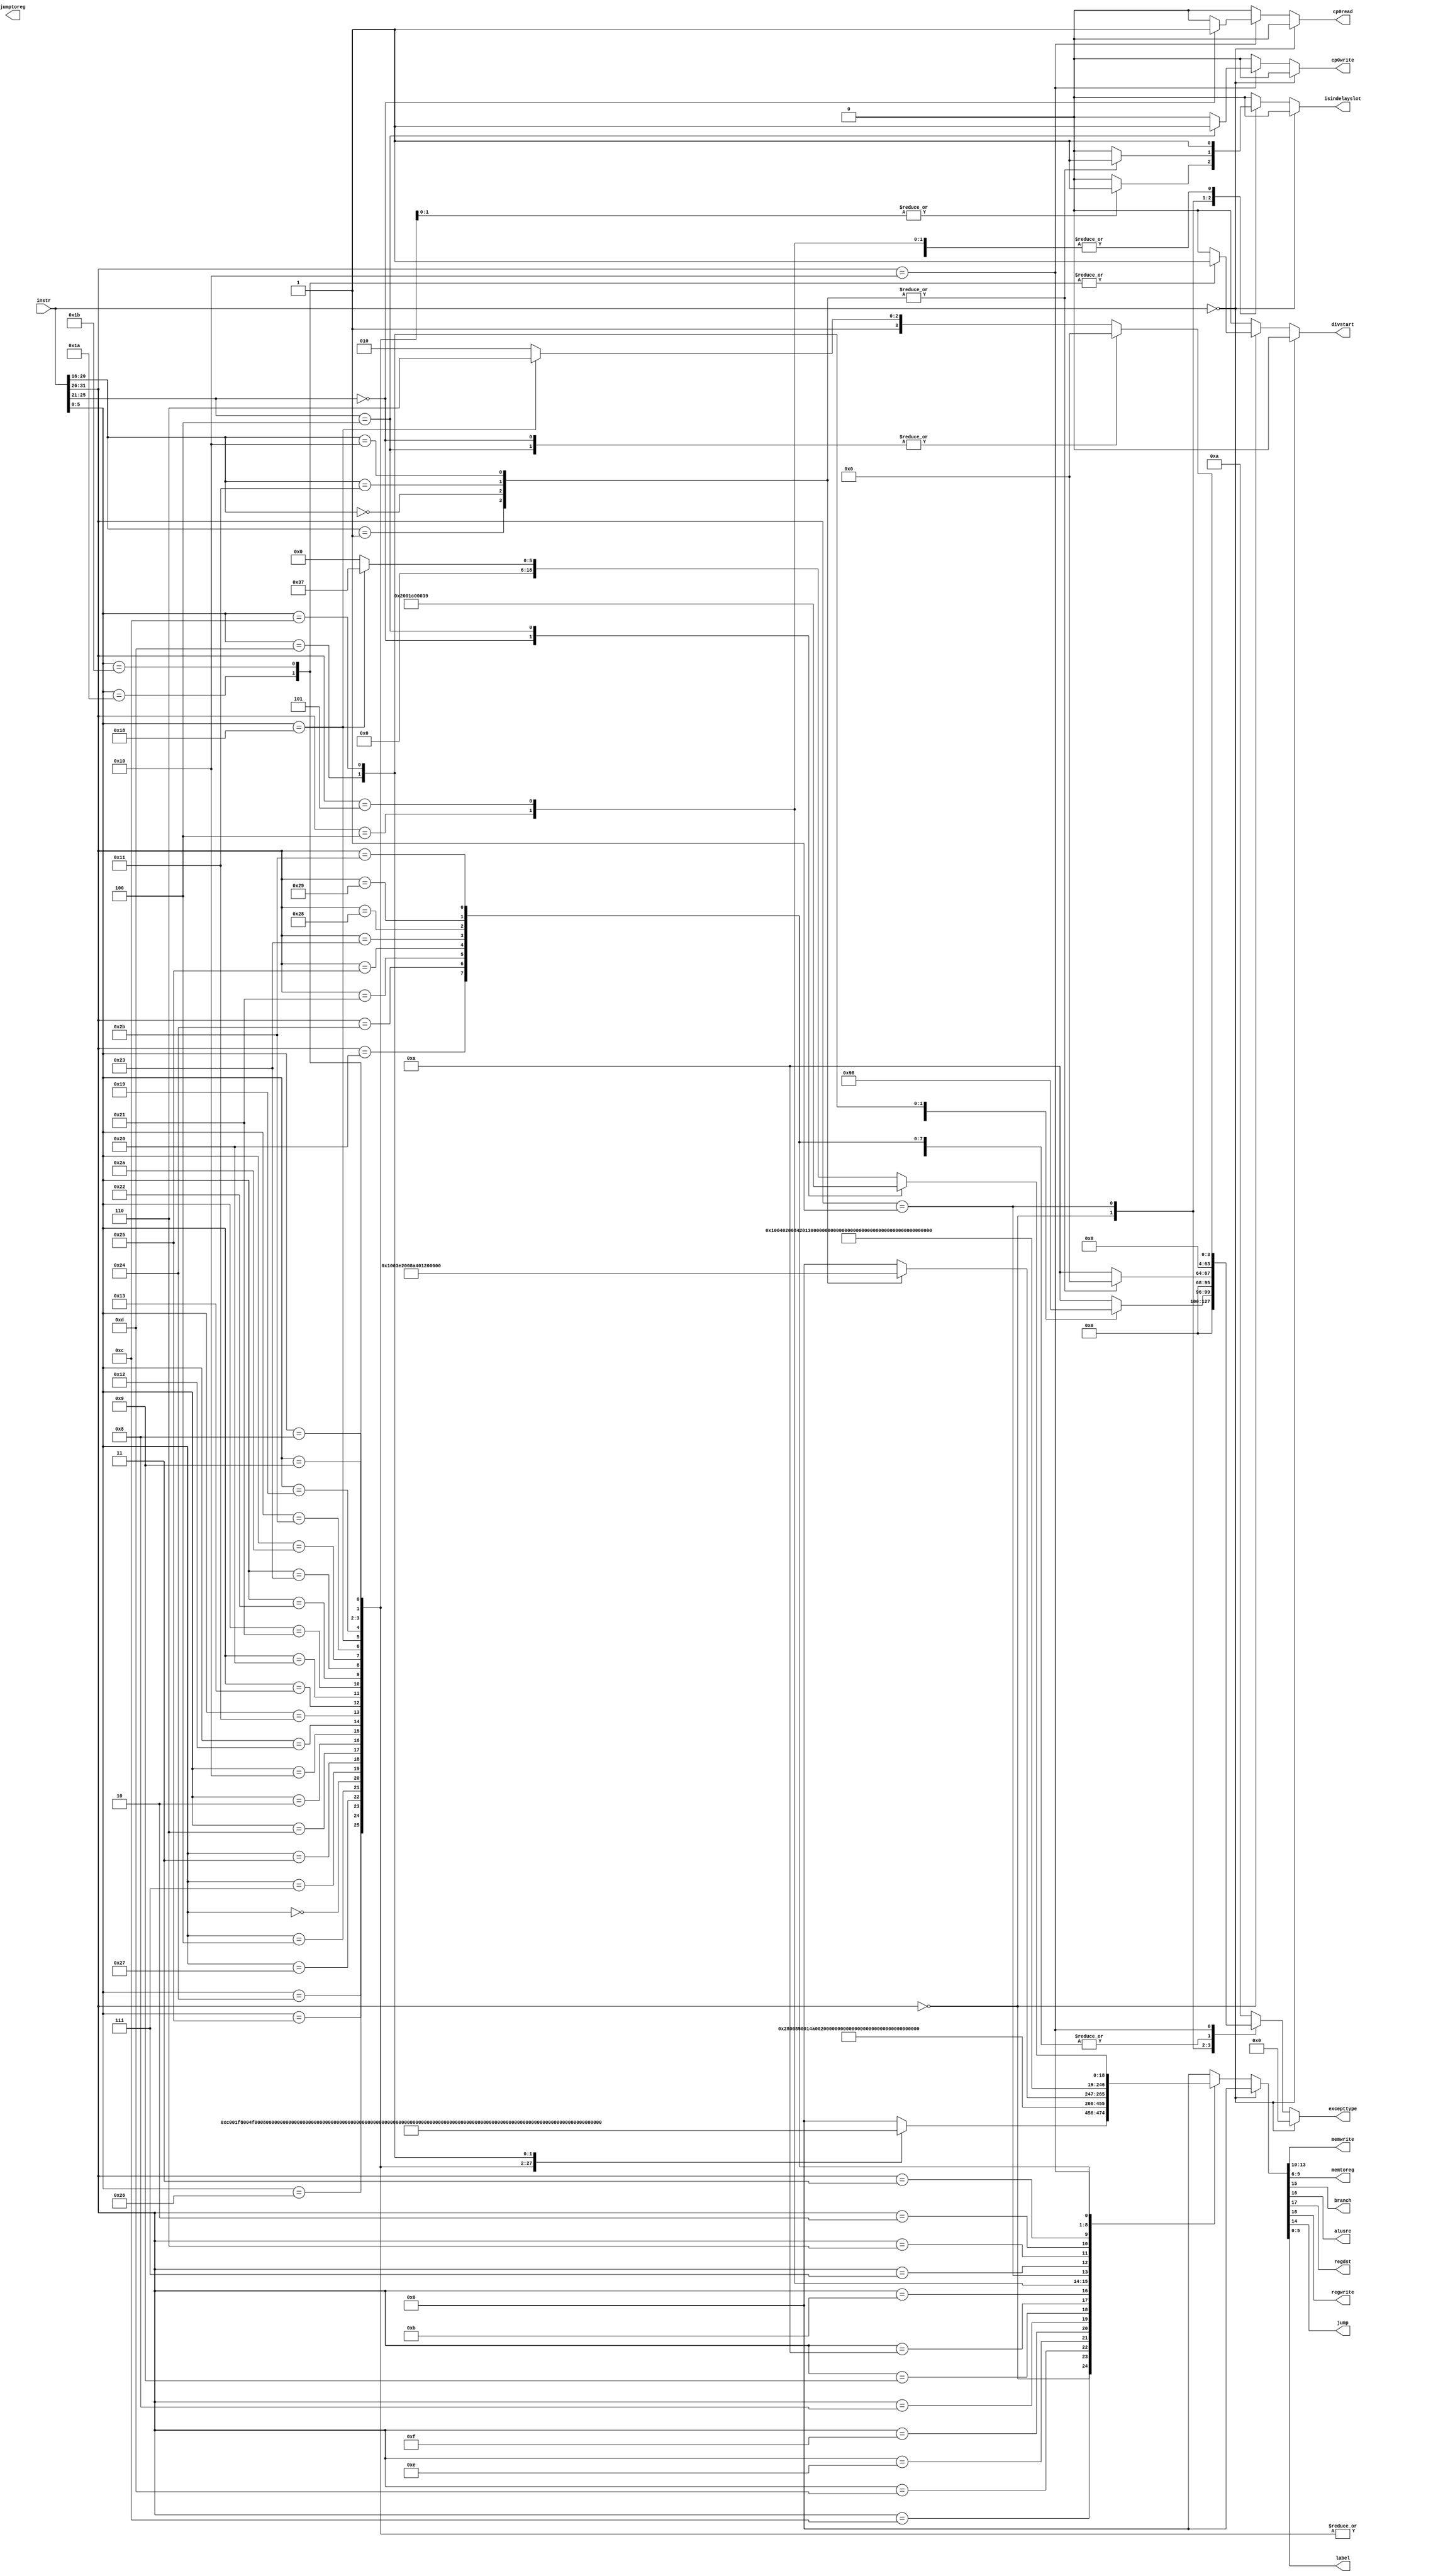
`timescale 1ns / 1ps
//////////////////////////////////////////////////////////////////////////////////
// Company: 
// Engineer: 
// 
// Design Name: 
// Module Name: decoder
// Project Name: 
// Target Devices: 
// Tool Versions: 
// Description: 
// 
// Dependencies: 
// 
// Revision:
// Revision 0.01 - File Created
// Additional Comments:
// 
//////////////////////////////////////////////////////////////////////////////////


module decoder(
    input wire[31:0] instr,
    output wire[3:0] memwrite,memtoreg,
	output wire branch,alusrc,
	output wire regdst,regwrite,
	output wire jump,jumptoreg,
	output wire[5:0] label,
    output reg divstart,
    output reg isindelayslot,cp0write,cp0read,
    output reg [31:0] excepttype
    );

    wire[5:0] op,funct;
    wire[4:0] branchfunct,c0funct;

    assign op = instr[31:26];
	assign funct = instr[5:0];
    assign branchfunct = instr[20:16];
	assign c0funct = instr[25:21];

    reg[18:0] controls;
	assign {regwrite,regdst,alusrc,branch,jump,memwrite,memtoreg,label} = controls;
    always @(*) begin
        divstart<=0;
        isindelayslot<=0;
        cp0write<=0;
        cp0read<=0;
        excepttype<=0;
        if (instr==32'b0) controls<={5'b00000,4'b0000,4'b0000,6'b000000};  //
        else begin
            case (op)
                6'b000000: begin
                    case (funct)
                        6'b100100: controls<={5'b11000,4'b0000,4'b0000,6'b001111};  //AND
                        6'b100101: controls<={5'b11000,4'b0000,4'b0000,6'b010011};  //OR
                        6'b100110: controls<={5'b11000,4'b0000,4'b0000,6'b010101};  //XOR
                        6'b100111: controls<={5'b11000,4'b0000,4'b0000,6'b010010};  //NOR 

                        6'b000100: controls<={5'b11000,4'b0000,4'b0000,6'b010111};  //SLLV
                        6'b000000: controls<={5'b11000,4'b0000,4'b0000,6'b011000};  //SLL
                        6'b000111: controls<={5'b11000,4'b0000,4'b0000,6'b011001}; //SRAV
                        6'b000011: controls<={5'b11000,4'b0000,4'b0000,6'b011010}; //SRA
                        6'b000110: controls<={5'b11000,4'b0000,4'b0000,6'b011011}; //SRLV
                        6'b000010: controls<={5'b11000,4'b0000,4'b0000,6'b011100}; //SRL

                        6'b010000: controls<={5'b11000,4'b0000,4'b0000,6'b101001};  //MFHI
                        6'b010010: controls<={5'b11000,4'b0000,4'b0000,6'b101010};  //MFLO
                        6'b010001: controls<={5'b00000,4'b0000,4'b0000,6'b101011};  //MTHI
                        6'b010011: controls<={5'b00000,4'b0000,4'b0000,6'b101100};  //MTLO
                        
                        6'b100000: controls<={5'b11000,4'b0000,4'b0000,6'b000001};  //ADD
                        6'b100001: controls<={5'b11000,4'b0000,4'b0000,6'b000011};  //ADDU
                        6'b100010: controls<={5'b11000,4'b0000,4'b0000,6'b000101};  //SUB
                        6'b100011: controls<={5'b11000,4'b0000,4'b0000,6'b000110};  //SUBU
                        6'b101010: controls<={5'b11000,4'b0000,4'b0000,6'b000111};  //SLT
                        6'b101011: controls<={5'b11000,4'b0000,4'b0000,6'b001001};  //SLTU
                        6'b011000: controls<={5'b00000,4'b0000,4'b0000,6'b001101};  //MULT
                        6'b011001: controls<={5'b00000,4'b0000,4'b0000,6'b001110};  //MULTU
                        6'b011010: begin  //DIV
                            controls<={5'b00000,4'b0000,4'b0000,6'b001011};
                            divstart<=1'b1;
                        end
                        6'b011011: begin  //DIVU
                            controls<={5'b00000,4'b0000,4'b0000,6'b001100}; 
                            divstart<=1'b1;
                        end

                        6'b001000: begin  //JR
                            controls<={5'b00001,4'b0000,4'b0000,6'b100111}; 
                            isindelayslot<=1'b1;
                        end
                        6'b001001: begin  //JALR
                            controls<={5'b11001,4'b0000,4'b0000,6'b101000};  
                            isindelayslot<=1'b1;
                        end

                        6'b001101: begin  //BREAK
                            controls<={5'b00000,4'b0000,4'b0000,6'b101101};
                            excepttype<=32'h00000009;
                        end
                        6'b001100: begin  //SYSCALL
                            controls<={5'b00000,4'b0000,4'b0000,6'b101110};
                            excepttype<=32'h00000008;
                        end

                        default: begin  //
                            controls<={5'b00000,4'b0000,4'b0000,6'b000000}; 
                            excepttype<=32'h0000000a;
                        end
                    endcase
                end
                6'b001100: controls<={5'b10100,4'b0000,4'b0000,6'b010000};  //ANDI
                6'b001101: controls<={5'b10100,4'b0000,4'b0000,6'b010100};  //ORI
                6'b001110: controls<={5'b10100,4'b0000,4'b0000,6'b010110};  //XORI
                6'b001111: controls<={5'b10100,4'b0000,4'b0000,6'b010001};  //LUI

                6'b001000: controls<={5'b10100,4'b0000,4'b0000,6'b000010};  //ADDI
                6'b001001: controls<={5'b10100,4'b0000,4'b0000,6'b000100};  //ADDIU
                6'b001010: controls<={5'b10100,4'b0000,4'b0000,6'b001000};  //SLTI
                6'b001011: controls<={5'b10100,4'b0000,4'b0000,6'b001010};  //SLTIU

                6'b000100: begin  //BEQ
                    controls<={5'b00010,4'b0000,4'b0000,6'b011101};
                    isindelayslot<=1'b1;
                end
                6'b000101: begin  //BNE
                    controls<={5'b00010,4'b0000,4'b0000,6'b011110}; 
                    isindelayslot<=1'b1;
                end
                6'b000001: begin
                    case (branchfunct)
                        5'b00001: begin  //BGEZ
                            controls<={5'b00010,4'b0000,4'b0000,6'b011111};
                            isindelayslot<=1'b1;
                        end
                        5'b00000: begin  //BLTZ
                            controls<={5'b00010,4'b0000,4'b0000,6'b100010};
                            isindelayslot<=1'b1;
                        end
                        5'b10001: begin  //BGEZAL 
                            controls<={5'b10010,4'b0000,4'b0000,6'b100011};
                            isindelayslot<=1'b1;
                        end
                        5'b10000: begin  //BLTZAL
                            controls<={5'b10010,4'b0000,4'b0000,6'b100100};
                            isindelayslot<=1'b1;
                        end
                        default: begin  //
                            controls<={5'b00000,4'b0000,4'b0000,6'b000000}; 
                            excepttype<=32'h0000000a;
                        end
                    endcase
                end
                6'b000111: begin  //BGTZ
                    controls<={5'b00010,4'b0000,4'b0000,6'b100000};
                    isindelayslot<=1'b1;
                end
                6'b000110: begin  //BLEZ
                    controls<={5'b00010,4'b0000,4'b0000,6'b100001};
                    isindelayslot<=1'b1;
                end
                6'b000010: begin  //J 
                    controls<={5'b00001,4'b0000,4'b0000,6'b100101};
                    isindelayslot<=1'b1;
                end
                6'b000011: begin  //JAL 
                    controls<={5'b10001,4'b0000,4'b0000,6'b100110};
                    isindelayslot<=1'b1;
                end

                6'b100000: controls<={5'b10100,4'b0000,4'b1001,6'b101111};  //LB
                6'b100100: controls<={5'b10100,4'b0000,4'b0001,6'b110000};  //LBU
                6'b100001: controls<={5'b10100,4'b0000,4'b1011,6'b110001};  //LH
                6'b100101: controls<={5'b10100,4'b0000,4'b0011,6'b110010};  //LHU
                6'b100011: controls<={5'b10100,4'b0000,4'b1111,6'b110011};  //LW
                6'b101000: controls<={5'b00100,4'b0001,4'b0000,6'b110100};  //SB
                6'b101001: controls<={5'b00100,4'b0011,4'b0000,6'b110101};  //SH
                6'b101011: controls<={5'b00100,4'b1111,4'b0000,6'b110110};  //SW

                6'b010000: begin
                    case (c0funct)
                        5'b00000: begin  //MFC0 
                            controls<={5'b10000,4'b0000,4'b0000,6'b111000}; 
                            cp0read<=1'b1; 
                        end 
                        5'b00100: begin  //MTC0
                            controls<={5'b00000,4'b0000,4'b0000,6'b111001};
                            cp0write<=1'b1;
                        end
                        default: begin
                            case (funct)
                                6'b011000: begin  //ERET
                                    controls<={5'b00000,4'b0000,4'b0000,6'b110111};
                                    excepttype<=32'h0000000e;
                                end
                                default: begin  //
                                    controls<={5'b00000,4'b0000,4'b0000,6'b000000}; 
                                    excepttype<=32'h0000000a;
                                end
                            endcase
                        end
                    endcase
                end

                default: begin  //
                    controls<={5'b00000,4'b0000,4'b0000,6'b000000}; 
                    excepttype<=32'h0000000a;
                end
            endcase
        end
    end

endmodule